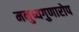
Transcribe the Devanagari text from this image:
मनुष्यगुणारोप